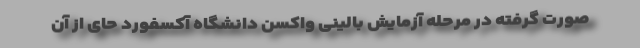
صورت گرفته در مرحله آزمایش بالینی واکسن دانشگاه آکسفورد حای از آن